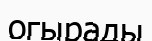
огырады